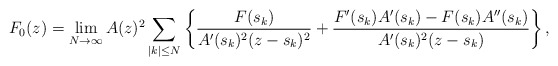
\begin{align*}F_0(z)=\lim_{N\to\infty} A(z)^2\sum_{|k|\leq N}\bigg\{\frac{F(s_k)}{A'(s_k)^2(z-s_k)^2}+ \frac{F'(s_k)A'(s_k)-F(s_k)A''(s_k)}{A'(s_k)^2(z-s_k)} \bigg\}\,,\end{align*}